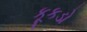
કૂકડો